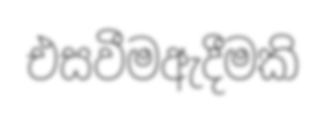
එසවීමඇදීමකි